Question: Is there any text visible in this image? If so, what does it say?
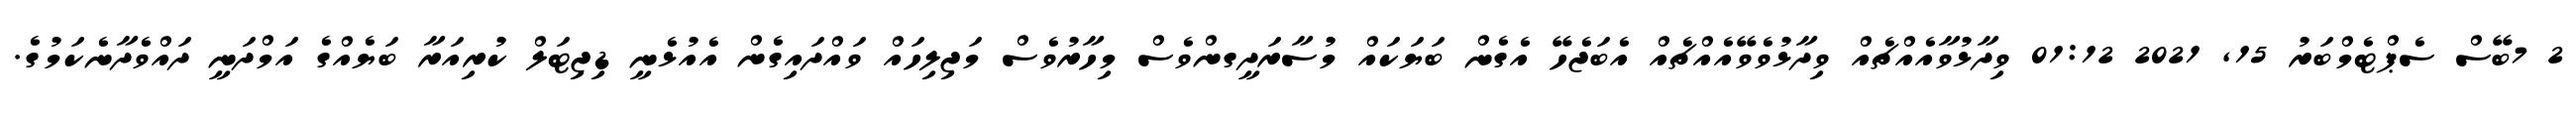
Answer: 2 7ބޭސް ސެޕްޓެމްބަރު 15, 2021 01:12 ވިދާޅުވާއެއްޗެއް ވިދާޅުވެވޭއެއްޗެއް އެބަޖެހޭ އެގެން ބަޔަކައް މުސާރަދީގންވެސް މިހާރުވެސް މަޖިލިހައް ވައްދައިގެން އެއުޅެނީ ޑިޖިޓަލް ކުރިއަރާ ބަޔެއްގެ އަމްދަނީ ދައްވެދާނެކަމުގެ.